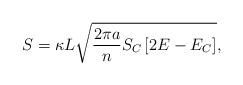
LaTeX: \begin{align*}S=\kappa L\sqrt{{{2\pi a}\over n}S_C\left[2E-E_C\right]},\end{align*}